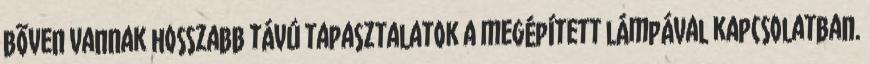
bõven vannak hosszabb távú tapasztalatok a megépített lámpával kapcsolatban.